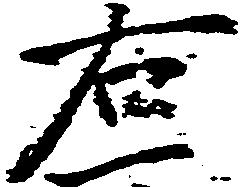
右